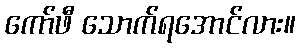
ကော်ဖီ သောက်ရအောင်လား။